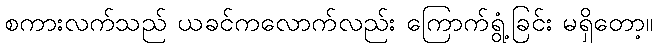
စကားလက်သည် ယခင်ကလောက်လည်း ကြောက်ရွံ့ခြင်း မရှိတော့။